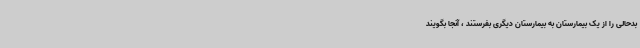
بدحالی را از یک بیمارستان به بیمارستان دیگری بفرستند ، آنجا بگویند